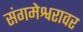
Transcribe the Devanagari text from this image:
संगमेश्वरावर